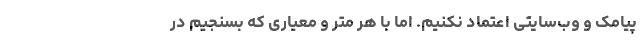
پیامک و وب‌سایتی اعتماد نکنیم. اما با هر متر و معیاری که بسنجیم در